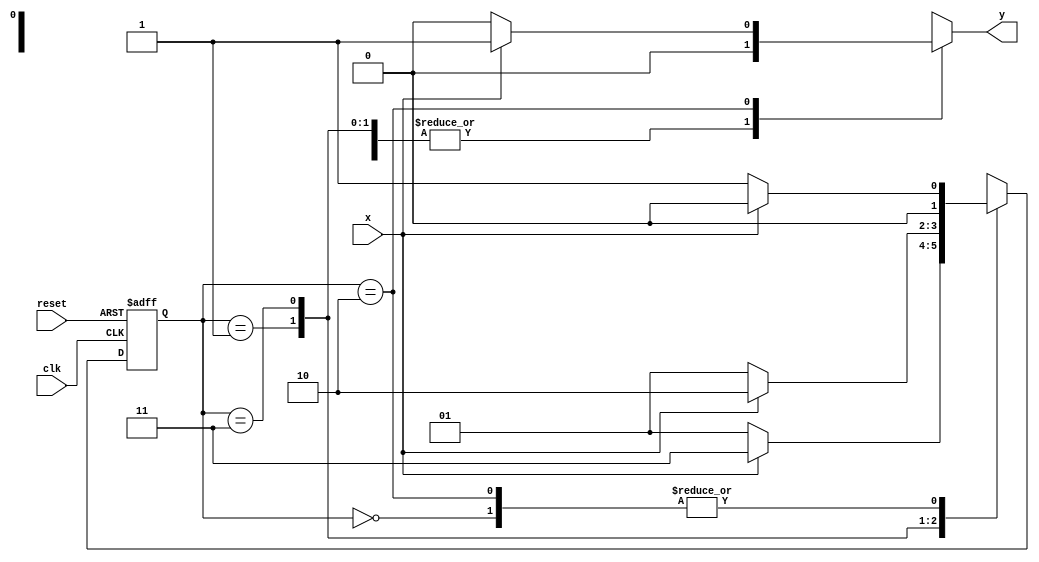
// --------------
// --- Mealy FSM 
// --- Felipe Ferreira Andrade do Carmo
// --- Exercicio 06
// --------------
/* 
                        Mealy FSM Diagram (0111)
                     ______________________
                    /                      \
              0    v    1          1     0 |      // found
   [start] ---> [id1] ---> [id11] ---> [id110] 
     ^  \1      ^ ^0|        ^            1 | // not found
      \_/      /  \_/        /              |
       \       \______0_____/               /
        \                                  /
         \________________________________/
*/ 
// constant definitions 
`define found    1
`define notfound 0 

// FSM by Mealy 
module mealy0111 ( y, x, clk, reset );
 output  y;
 input   x; 
 input   clk; 
 input   reset; 
 
 reg      y; 
 
   parameter         // state identifiers
   start    = 2'b00, 
   id1      = 2'b01, 
   id11    = 2'b11, 
   id110  = 2'b10; 
 
   reg [1:0] E1; // current state variables 
   reg [1:0] E2; // next state logic output 
 
 
// next state logic 
   always @( x or E1 ) 
    begin 
     y = `notfound; 
     case ( E1 ) 
      start: 
        if ( x )
         E2 = start;
        else
         E2 = id1;
      id1:
        if ( x )
         E2 = id11;
        else
         E2 = id1;
      id11:
        if ( x )
         E2 = id110;
        else
         E2 = id1;
      id110:
        if ( x )
         begin
           E2 =  start;
           y  = `found;
         end
        else
         begin
           E2 =  id1;
           y  = `notfound;
         end
      default:   // undefined state 
           E2 =  2'bxx; 
     endcase 
    end // always at signal or state changing 
 
// state variables 
   always @( posedge clk or negedge reset ) 
    begin 
     if ( reset ) 
      E1 = E2;    // updates current state 
     else 
      E1 = 0;     // reset 
    end // always at signal changing 
 
endmodule // mealy1101